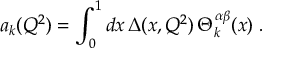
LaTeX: a _ { k } ( Q ^ { 2 } ) = \int _ { 0 } ^ { 1 } d x \, \Delta ( x , Q ^ { 2 } ) \, \Theta _ { k } ^ { \alpha \beta } ( x ) \; .